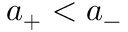
a _ { + } < a _ { - }